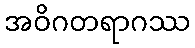
အဝိဂတရာဂဿ